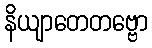
နိယျာတေတဗ္ဗော